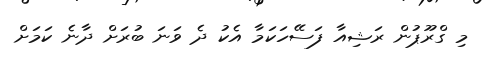
މި ގްރޫޕުން ރަޝިއާ ފަސޭހަކަމާ އެކު ދެ ވަނަ ބުރަށް ދާނެ ކަމަށް